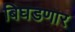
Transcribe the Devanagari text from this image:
बिघडणार